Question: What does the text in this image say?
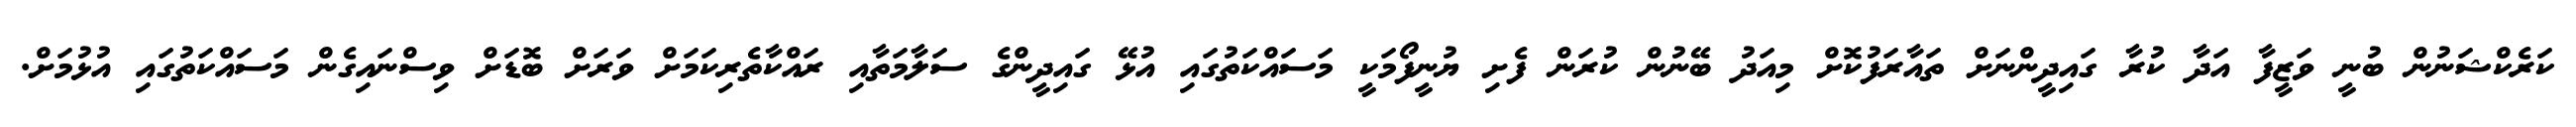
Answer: ކަރެކްޝަނުން ބުނީ ވަޒީފާ އަދާ ކުރާ ގައިދީންނަށް ތައާރަފުކޮށް މިއަދު ބޭނުން ކުރަން ފެށި ޔުނީފޯމަކީ މަސައްކަތުގައި އުޅޭ ގައިދީންގެ ސަލާމަތާއި ރައްކާތެރިކަމަށް ވަރަށް ބޮޑަށް ވިސްނައިގެން މަސައްކަތުގައި އުޅުމަށް.